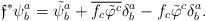
LaTeX: \begin{align*}\mathfrak{f}^\ast\psi_b^a=\tilde{\psi}_b^a+\overline{f_c\tilde{\varphi}^c}\delta_b^a-f_c\tilde{\varphi}^c\delta_b^a.\end{align*}